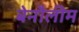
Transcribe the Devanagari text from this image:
बेनौलीम